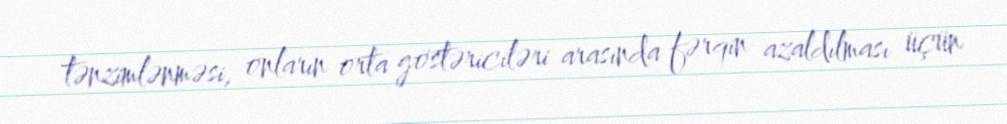
tənzimlənməsi, onların orta göstəriciləri arasında fərqin azaldılması üçün